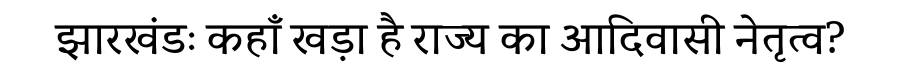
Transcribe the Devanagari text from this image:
झारखंडः कहाँ खड़ा है राज्य का आदिवासी नेतृत्व?